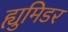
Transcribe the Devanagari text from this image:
ह्युमिडर